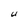
Character: U